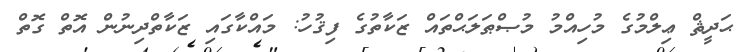
ޙަދީޘް ޢިލްމުގެ މުހިއްމު މުޞްޠަލަޙްތައް ޒަކާތުގެ ފިޤުހު: މައްކާގައި ޒަކާތްދިނުން އޮތް ގޮތް